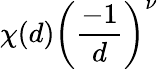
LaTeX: \chi(d)\left({\frac{-1}{d}}\right)^{\nu}